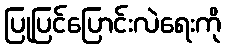
ပြုပြင်ပြောင်းလဲရေးကို